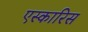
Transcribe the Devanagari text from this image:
एस्कारिस